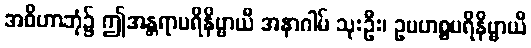
အဝိဟာဘုံ၌ ဤအန္တရာပရိနိဗ္ဗာယီ အနာဂါမ် သုးဦး၊ ဥပဟစ္စပရိနိဗ္ဗာယီ